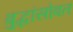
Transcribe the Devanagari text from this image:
बुद्धांसोबत